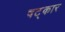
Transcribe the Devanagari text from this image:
षट्‌कार